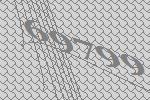
69799